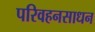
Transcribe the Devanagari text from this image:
परिवहनसाधन